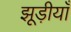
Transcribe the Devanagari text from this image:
झूड़ीयाँ